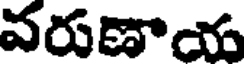
వరుణాయ